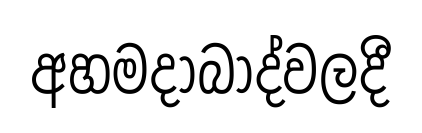
අහමදාබාද්වලදී